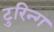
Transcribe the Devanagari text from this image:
टुरिन्ग